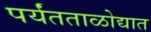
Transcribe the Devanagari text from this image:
पर्यंतताळोद्यात